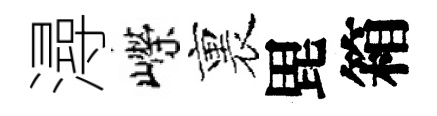
潯嶸裏毘箱